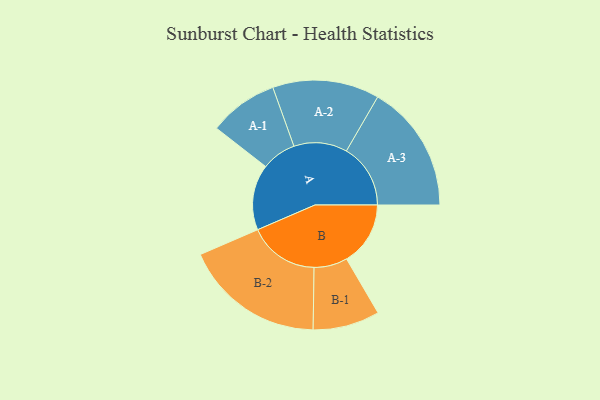
{"axis": {"x": "Segment", "y": "Value"}, "legend": ["", "A", "B"], "data": [{"x": "A", "y": 269, "type": ""}, {"x": "B", "y": 262, "type": ""}, {"x": "A-1", "y": 142, "type": "A"}, {"x": "A-2", "y": 219, "type": "A"}, {"x": "A-3", "y": 263, "type": "A"}, {"x": "B-1", "y": 137, "type": "B"}, {"x": "B-2", "y": 289, "type": "B"}]}